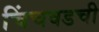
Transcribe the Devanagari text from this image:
चिंचवडची